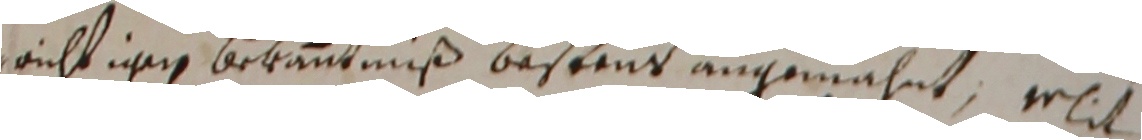
nrichtigen bekantnuß bestens angemahnt, erit